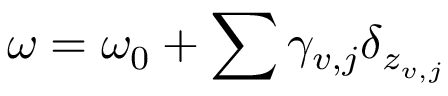
\omega = \omega _ { 0 } + \sum \gamma _ { v , j } \delta _ { z _ { v , j } }